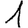
Digit: 1